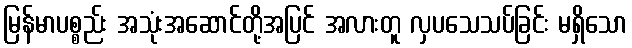
မြန်မာပစ္စည်း အသုံးအဆောင်တို့အပြင် အလားတူ လှပသေသပ်ခြင်း မရှိသော